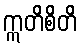
ဣတိစိတိ